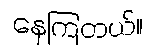
နေကြတယ်။